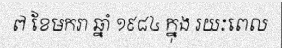
៧ ខែមករា ឆ្នាំ ១៩៨៤ ក្នុង រយៈពេល